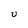
Character: U